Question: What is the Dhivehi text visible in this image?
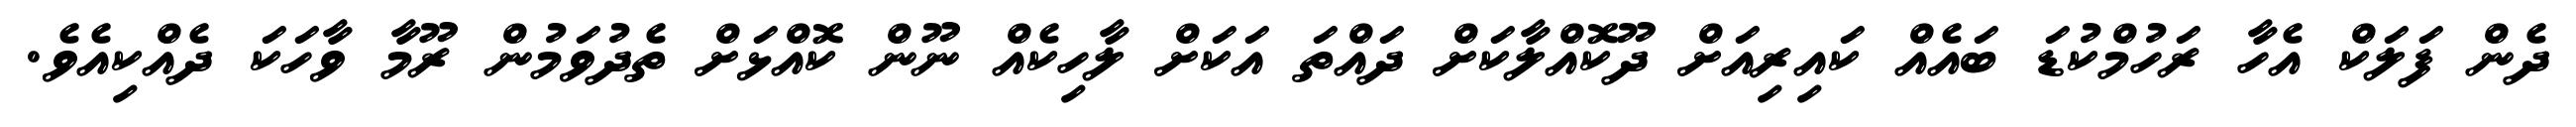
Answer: ދެން ފަލަކް އެހާ ރަހުމްކުޑަ ބައެއް ކައިރިއަށް ދޫކޮއްލާކަށް ދައްތަ އަކަށް ލާހިކެއް ނޫން ކޮއްޅަށް ތެދުވަމުން ރޫމާ ވާހަކަ ދެއްކިއެވެ.